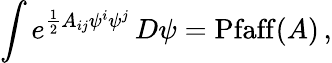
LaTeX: \int e^{{\frac{1}{2}}A_{ij}\psi^{i}\psi^{j}}\, D\psi=\mathrm{Pfaff}(A)\, ,